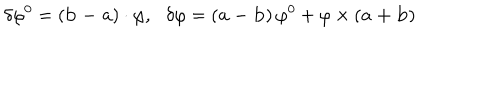
\delta \varphi ^ { 0 } = \left( { \bf b - a } \right) \cdot { \mathbf \varphi , } \delta { \mathbf \varphi } = \left( { \bf a - b } \right) \varphi ^ { 0 } + { \mathbf \varphi } \times \left( { \bf a + b } \right) \nonumber